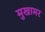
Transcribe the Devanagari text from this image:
मुखामर